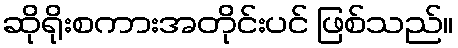
ဆိုရိုးစကားအတိုင်းပင် ဖြစ်သည်။